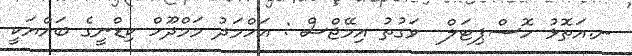
ނ.އަތޮޅު ހޮސްޕިޓަލް  ވަގުތު އިމޭޖްސް : އަހްމަދު މަމްދޫހް ކިޑްނީގެ ބައްޔަކީ